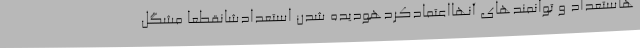
هاستعداد و توانمندهای آنهااعتمادکردهودیده شدن استعدادشانقطعاً مشگل